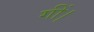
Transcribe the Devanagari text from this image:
गीं।